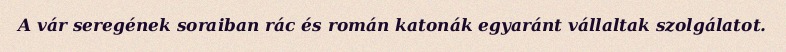
A vár seregének soraiban rác és román katonák egyaránt vállaltak szolgálatot.